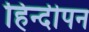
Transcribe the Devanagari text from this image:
हिन्दीपन